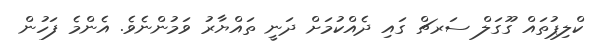
ކްލިޕުތައް ގޫގަލް ސަރޗް ގައި ދެއްކުމަށް ދަނީ ތައްޔާރު ވަމުންނެވެ. އެންމެ ފަހުން